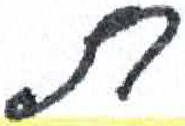
אות: ת